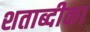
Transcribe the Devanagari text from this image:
शताब्दीका